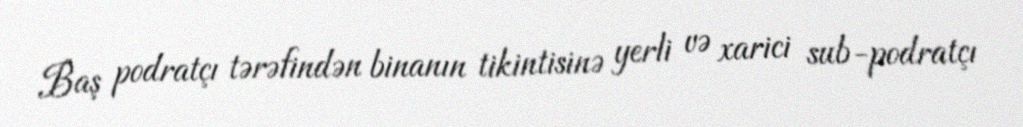
Baş podratçı tərəfindən binanın tikintisinə yerli və xarici sub-podratçı